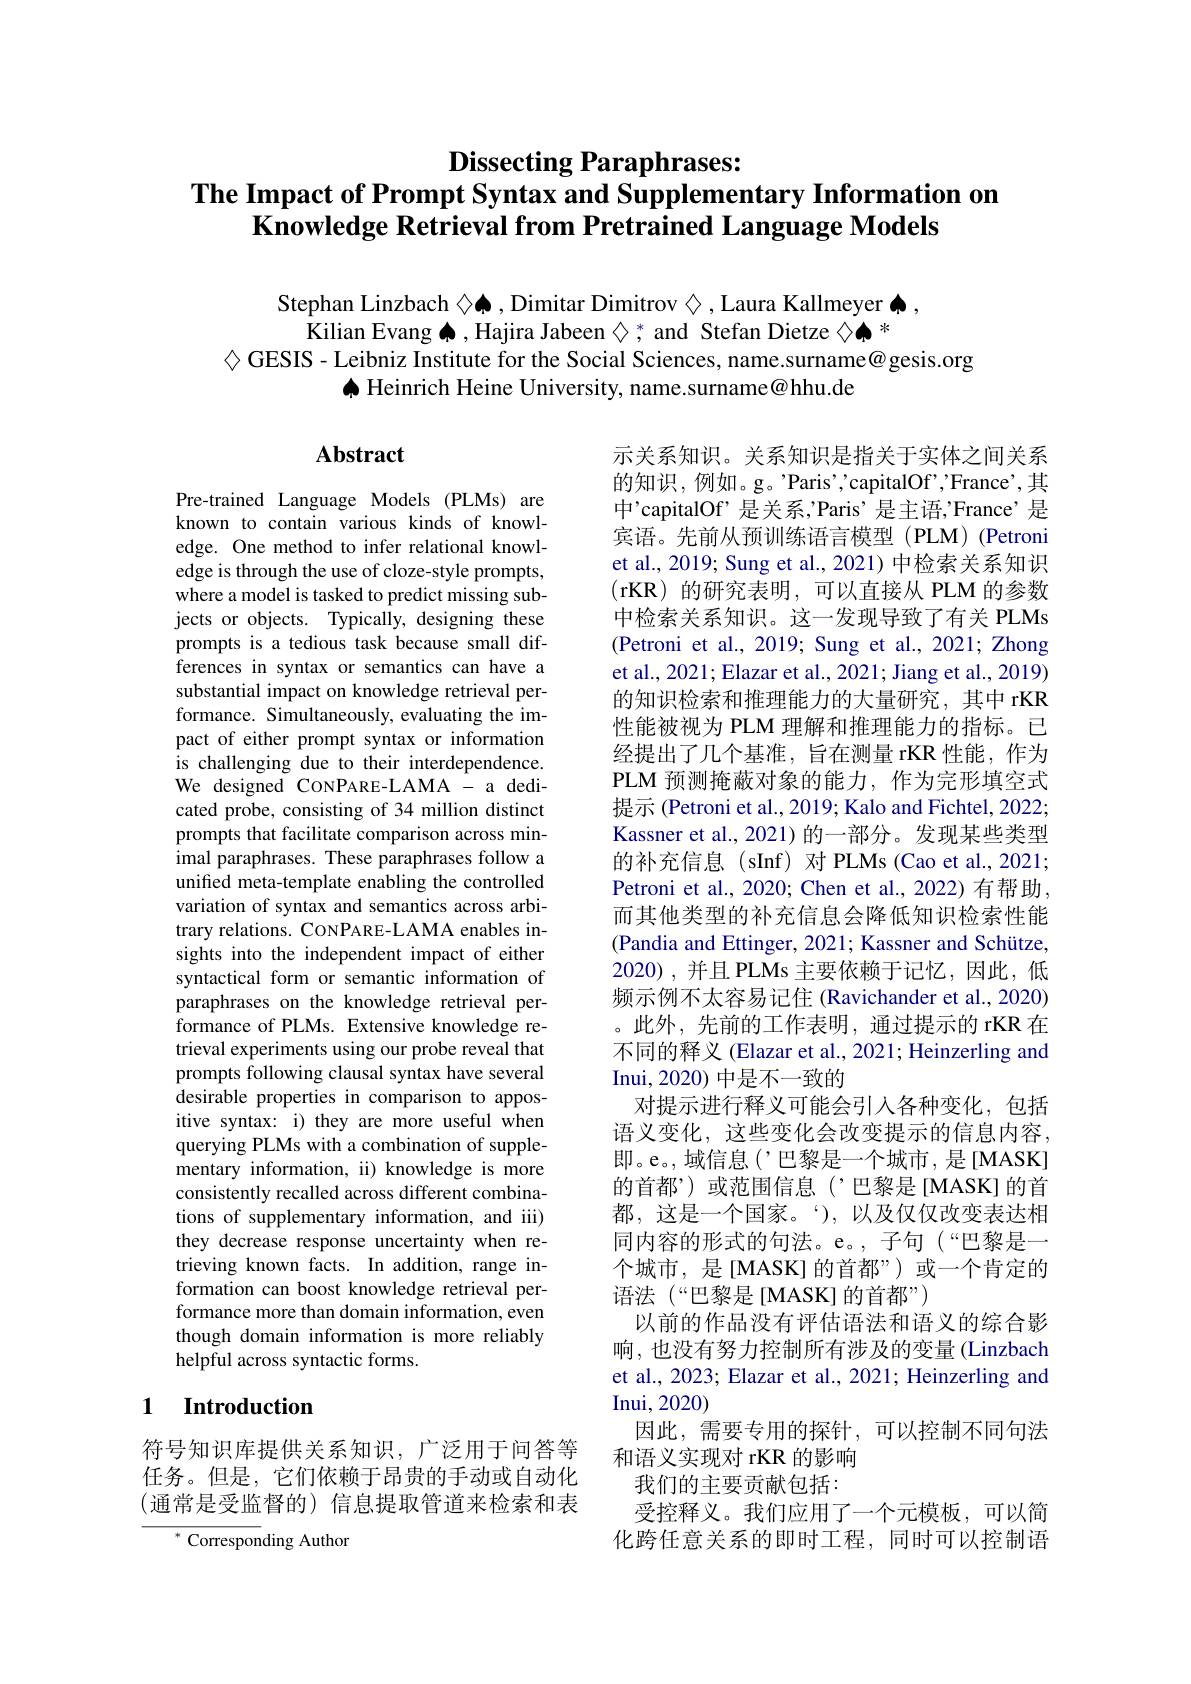
Dissecting Paraphrases:
The Impact of Prompt Syntax and Supplementary Information on
Knowledge Retrieval from Pretrained Language Models

Stephan Linzbach ◇$\spadesuit$, Dimitar Dimitrov $\diamondsuit$, Laura Kallmeyer $\spadesuit$,
Kilian Evang $\spadesuit$, Hajira Jabeen ◇; and Stefan Dietze ◇▲*
$\Diamond$ GESIS - Leibniz Institute for the Social Sciences, name.surname@gesis.org
$\spadesuit$ Heinrich Heine University, name.surname@hhu.de

# Abstract

Pre-trained Language Models (PLMs) are known to contain various kinds of knowledge. One method to infer relational knowledge is through the use of cloze-style prompts, where a model is tasked to predict missing subjects or objects. Typically, designing these prompts is a tedious task because small differences in syntax or semantics can have a substantial impact on knowledge retrieval performance. Simultaneously, evaluating the impact of either prompt syntax or information is challenging due to their interdependence. We designed CONPARE-LAMA - a dedicated probe, consisting of 34 million distinct prompts that facilitate comparison across minimal paraphrases. These paraphrases follow a unified meta-template enabling the controlled variation of syntax and semantics across arbitrary relations. CONPARE-LAMA enables insights into the independent impact of either syntactical form or semantic information of paraphrases on the knowledge retrieval performance of PLMs. Extensive knowledge retrieval experiments using our probe reveal that prompts following clausal syntax have several desirable properties in comparison to appositive syntax: i) they are more useful when querying PLMs with a combination of supplementary information, ii) knowledge is more consistently recalled across different combinations of supplementary information, and iii) they decrease response uncertainty when retrieving known facts. In addition, range information can boost knowledge retrieval performance more than domain information, even though domain information is more reliably helpful across syntactic forms.

示关系知识。关系知识是指关于实体之间关系的知识，例如。g。'Paris',capitalOf',France',其中'capitalOf’是关系，'Paris’是主语，'France’是宾语。先前从预训练语言模型(PLM)(Petroni et al., 2019; Sung et al., 2021) 中检索关系知识$(\mathbf{rKR})$的研究表明，可以直接从 PLM 的参数中检索关系知识。这一发现导致了有关 PLMs (Petroni et al., 2019; Sung et al., 2021; Zhong et al., 2021; Elazar et al., 2021; Jiang et al., 2019) 的知识检索和推理能力的大量研究，其中 rKR 性能被视为 PLM 理解和推理能力的指标。已经提出了几个基准，旨在测量 rKR 性能，作为PLM 预测掩蔽对象的能力，作为完形填空式提示 (Petroni et al., 2019; Kalo and Fichtel, 2022; Kassner et al., 2021) 的一部分。发现某些类型的补充信息(sInf)对PLMs(Caoet al.,2021; Petroni et al., 2020; Chen et al., 2022) 有帮助而其他类型的补充信息会降低知识检索性能(Pandia and Ettinger, 2021; Kassner and Schütze 2020),并且 PLMs 主要依赖于记忆，因此，低频示例不太容易记住 (Ravichander et al., 2020) 。此外，先前的工作表明，通过提示的 rKR 在不同的释义 (Elazar et al., 2021; Heinzerling and Inui,2020) 中是不一致的
对提示进行释义可能会引入各种变化，包括语义变化，这些变化会改变提示的信息内容。即。e。,域信息(’巴黎是一个城市，是[MASK] 的首都’)或范围信息(’巴黎是[MASK]的首都，这是一个国家。“),以及仅仅改变表达相同内容的形式的句法。e。,子句(“巴黎是一个城市，是[MASK]的首都”)或一个肯定的语法 (“巴黎是[MASK]的首都”)
以前的作品没有评估语法和语义的综合影响，也没有努力控制所有涉及的变量(Linzbach et al., 2023; Elazar et al., 2021; Heinzerling and Inui, 2020)
因此，需要专用的探针，可以控制不同句法
和语义实现对 rKR 的影响
我们的主要贡献包括：
受控释义。我们应用了一个元模板，可以简化跨任意关系的即时工程，同时可以控制语

## 1 Introduction

符号知识库提供关系知识，广泛用于问答等任务。但是，它们依赖于昂贵的手动或自动化(通常是受监督的)信息提取管道来检索和表

$^{*}$ Corresponding Author